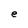
Character: e